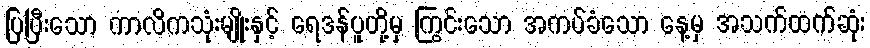
ပြပြီးသော ကာလိကသုံးမျိုးနှင့် ရေဒန်ပူတို့မှ ကြွင်းသော အကပ်ခံသော နေ့မှ အသက်ထက်ဆုံး